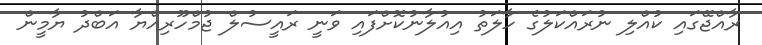
ރާއްޖޭގައި ކުއްލި ނުރައްކަލުގެ ހާލަތު އިއުލާނުކޮށްފައި ވަނީ ރައީސުލް ޖުމްހޫރިއްޔާ އަބްދު ޔާމީން